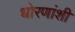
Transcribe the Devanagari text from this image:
धोरणांशी